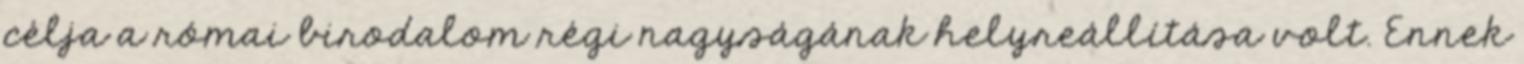
célja a római birodalom régi nagyságának helyreállítása volt. Ennek